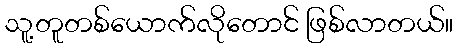
သူ့တူတစ်ယောက်လိုတောင် ဖြစ်လာတယ်။